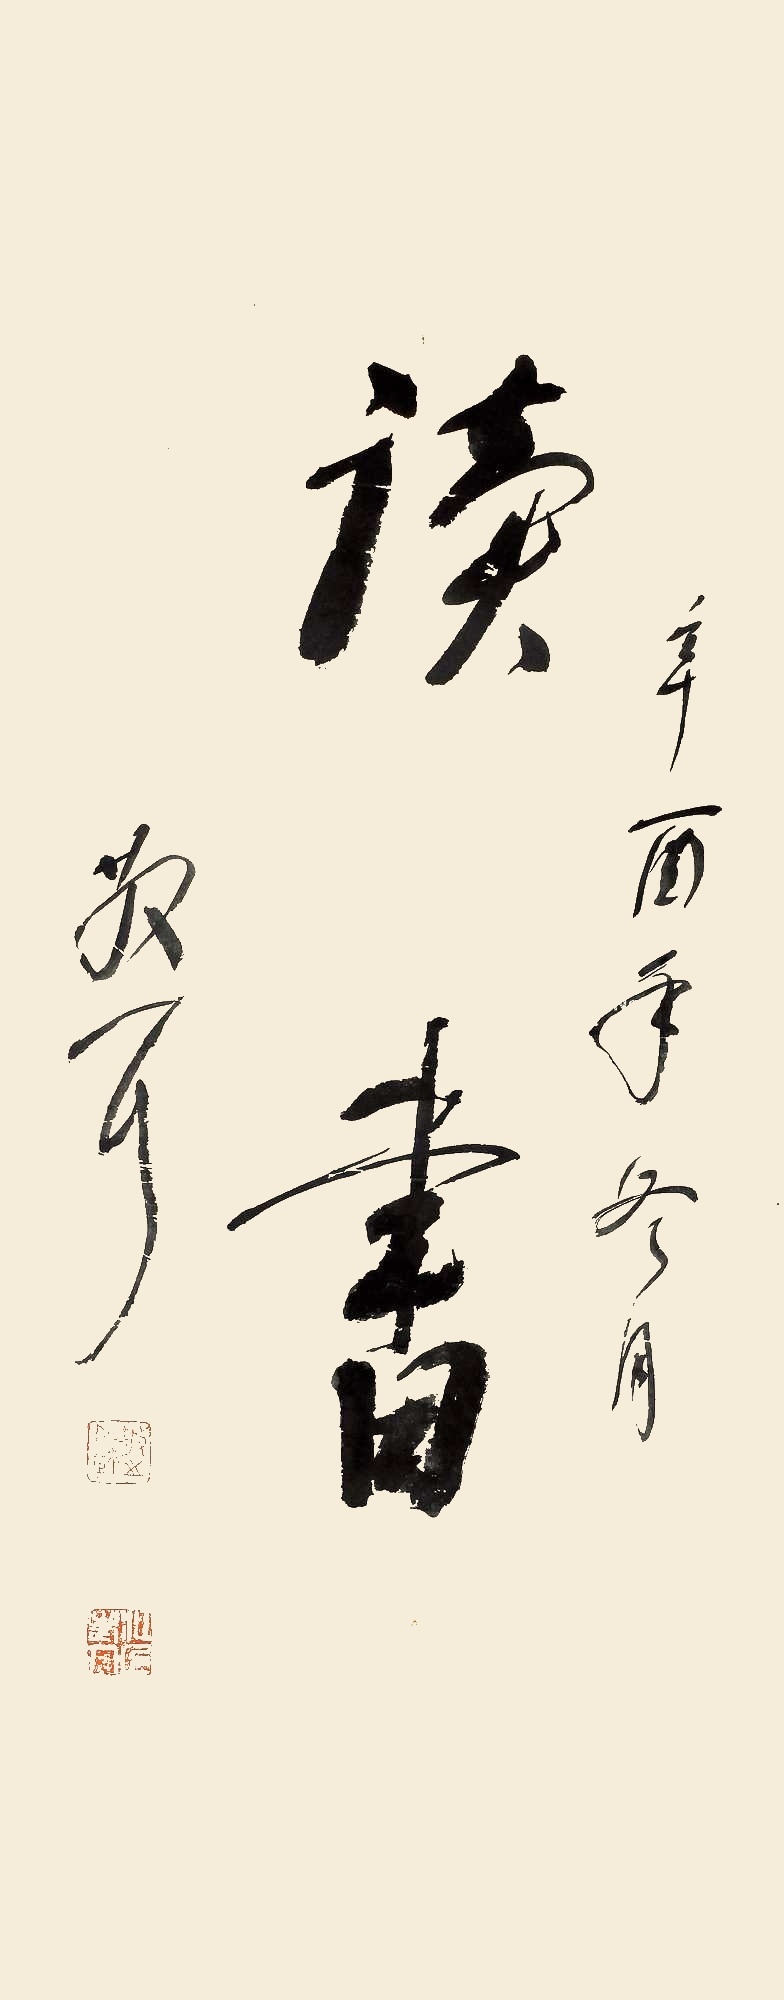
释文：读书辛酉年冬月，散耳。